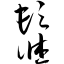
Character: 髹